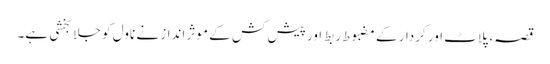
قصہ، پلاٹ اور کردار کے مضبوط ربط اور پیش کش کے موثر انداز نے ناول کو جلا بخشی ہے۔